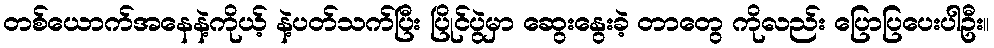
တစ်ယောက်အနေနဲ့ကိုယ့် နဲ့ပတ်သက်ပြီး ပြိုင်ပွဲမှာ ဆွေးနွေးခဲ့ တာတွေ ကိုလည်း ပြောပြပေးပါဦး။